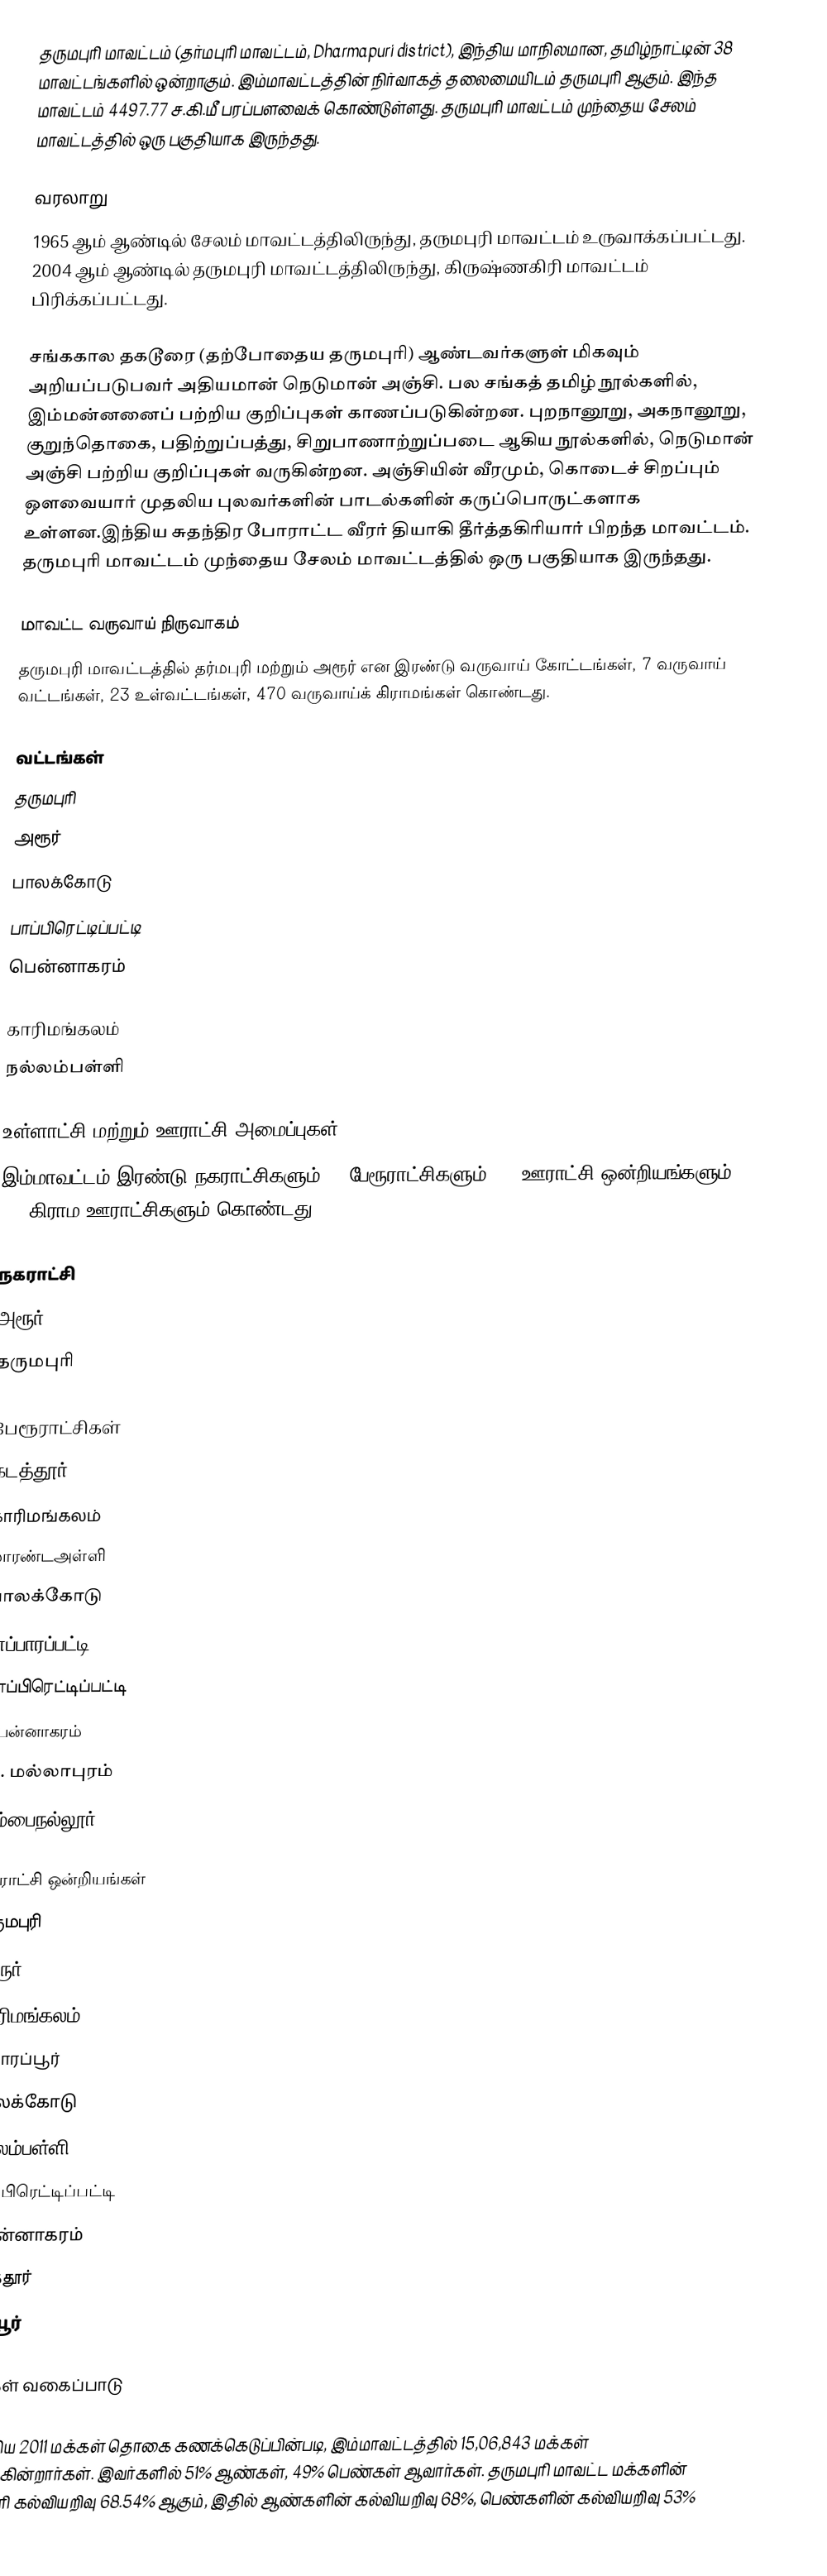
தருமபுரி மாவட்டம் (தர்மபுரி மாவட்டம், Dharmapuri district), இந்திய மாநிலமான, தமிழ்நாட்டின் 38 மாவட்டங்களில் ஒன்றாகும். இம்மாவட்டத்தின் நிர்வாகத் தலைமையிடம் தருமபுரி ஆகும். இந்த மாவட்டம் 4497.77 ச.கி.மீ பரப்பளவைக் கொண்டுள்ளது. தருமபுரி மாவட்டம் முந்தைய சேலம் மாவட்டத்தில் ஒரு பகுதியாக இருந்தது.

வரலாறு
1965 ஆம் ஆண்டில் சேலம் மாவட்டத்திலிருந்து, தருமபுரி மாவட்டம் உருவாக்கப்பட்டது. 2004 ஆம் ஆண்டில் தருமபுரி மாவட்டத்திலிருந்து, கிருஷ்ணகிரி மாவட்டம் பிரிக்கப்பட்டது.

சங்ககால தகடூரை (தற்போதைய தருமபுரி) ஆண்டவர்களுள் மிகவும் அறியப்படுபவர் அதியமான் நெடுமான் அஞ்சி. பல சங்கத் தமிழ் நூல்களில், இம்மன்னனைப் பற்றிய குறிப்புகள் காணப்படுகின்றன. புறநானூறு, அகநானூறு, குறுந்தொகை, பதிற்றுப்பத்து, சிறுபாணாற்றுப்படை ஆகிய நூல்களில், நெடுமான் அஞ்சி பற்றிய குறிப்புகள் வருகின்றன. அஞ்சியின் வீரமும், கொடைச் சிறப்பும் ஔவையார் முதலிய புலவர்களின் பாடல்களின் கருப்பொருட்களாக உள்ளன.இந்திய சுதந்திர  போராட்ட வீரர் தியாகி தீர்த்தகிரியார் பிறந்த மாவட்டம். தருமபுரி மாவட்டம் முந்தைய சேலம் மாவட்டத்தில் ஒரு பகுதியாக இருந்தது.

மாவட்ட வருவாய் நிருவாகம்
தருமபுரி மாவட்டத்தில் தர்மபுரி மற்றும் அரூர் என இரண்டு வருவாய் கோட்டங்கள், 7 வருவாய் வட்டங்கள், 23 உள்வட்டங்கள், 470 வருவாய்க் கிராமங்கள் கொண்டது.

வட்டங்கள்
 தருமபுரி
 அரூர்
 பாலக்கோடு
 பாப்பிரெட்டிப்பட்டி
பென்னாகரம்

 காரிமங்கலம்
 நல்லம்பள்ளி

உள்ளாட்சி மற்றும் ஊராட்சி அமைப்புகள்
இம்மாவட்டம் இரண்டு நகராட்சிகளும், 9 பேரூராட்சிகளும், 10 ஊராட்சி ஒன்றியங்களும், 251 கிராம ஊராட்சிகளும் கொண்டது.

நகராட்சி
 அரூர்
 தருமபுரி

பேரூராட்சிகள்
 கடத்தூர்
 காரிமங்கலம்
 மாரண்டஅள்ளி
 பாலக்கோடு
 பாப்பாரப்பட்டி
 பாப்பிரெட்டிப்பட்டி
 பென்னாகரம்
 பி. மல்லாபுரம்
 கம்பைநல்லூர்

ஊராட்சி ஒன்றியங்கள்
 தருமபுரி
 அரூர்
 காரிமங்கலம்
 மொரப்பூர்
 பாலக்கோடு
 நல்லம்பள்ளி
 பாப்பிரெட்டிப்பட்டி
 பென்னாகரம்
 கடத்தூர்
 ஏரியூர்

மக்கள் வகைப்பாடு

இந்திய 2011 மக்கள் தொகை கணக்கெடுப்பின்படி, இம்மாவட்டத்தில் 15,06,843 மக்கள் வசிக்கின்றார்கள். இவர்களில் 51% ஆண்கள், 49% பெண்கள் ஆவார்கள். தருமபுரி மாவட்ட மக்களின் சராசரி கல்வியறிவு 68.54% ஆகும், இதில் ஆண்களின் கல்வியறிவு 68%, பெண்களின் கல்வியறிவு 53%